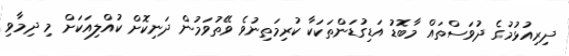
ދިރިއުޅުމުގެ ދުވަސްތައް މާބޮޑު އަޑިގުޑަންތަކަކާ ކުރިމަތިނުވެ ވޭތުވަމުން ދަނިކޮށް ކުއްލިއަކަށް މި ދިމާވި